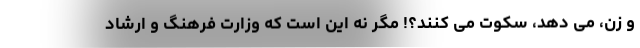
و زن، می دهد، سکوت می کنند؟! مگر نه این است که وزارت فرهنگ و ارشاد